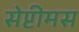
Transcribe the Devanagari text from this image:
सेप्टीमस